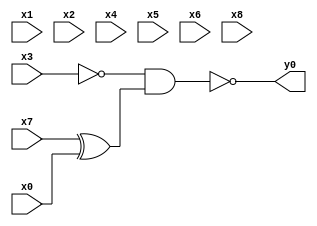
module top( x0 , x1 , x2 , x3 , x4 , x5 , x6 , x7 , x8 , y0 );
  input x0 , x1 , x2 , x3 , x4 , x5 , x6 , x7 , x8 ;
  output y0 ;
  wire n10 , n11 ;
  assign n10 = x7 ^ x0 ;
  assign n11 = ~x3 & n10 ;
  assign y0 = ~n11 ;
endmodule